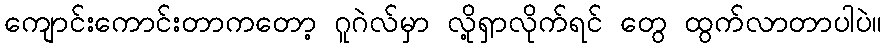
ကျောင်းကောင်းတာကတော့ ဂူဂဲလ်မှာ လို့ရှာလိုက်ရင် တွေ ထွက်လာတာပါပဲ။